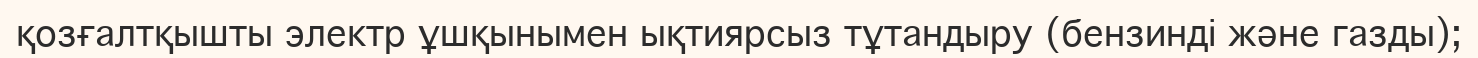
қозғалтқышты электр ұшқынымен ықтиярсыз тұтандыру (бензинді және газды);